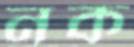
নক